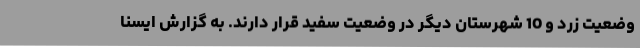
وضعیت زرد و 10 شهرستان دیگر در وضعیت سفید قرار دارند. به گزارش ایسنا